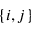
\{ i , j \}